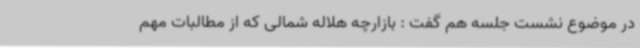
در موضوع نشست جلسه هم گفت : بازارچه هلاله شمالی که از مطالبات مهم